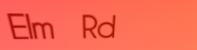
Elm Rd